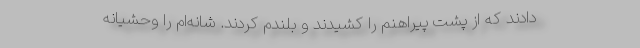
‌دادند که از پشت پیراهنم را کشیدند و بلندم کردند. شانه‌ام را وحشیانه